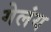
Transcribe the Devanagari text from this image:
गेलंय